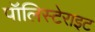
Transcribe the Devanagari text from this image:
पॉलिस्टेराइट